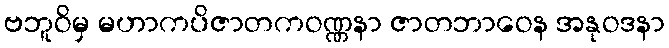
ဗဘူဝိမှ မဟာကပိဇာတကဝဏ္ဏနာ ဇာတဘာဝေန အနုဝဒနာ